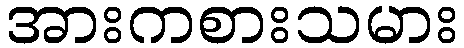
အားကစားသမား